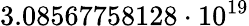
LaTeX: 3.08567758128\cdot 10^{19}